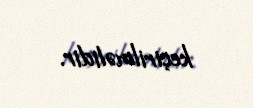
keçirilməlidir.